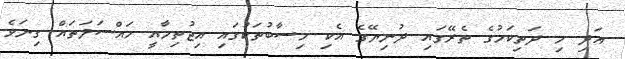
އަދި މި ދަތިކަމުގެ ތެރޭގައި ދުނިޔޭގެ އެކި ހިސާބުތަކުގައި އިޖުތިމާއީ މައްސަލަތައް ގިނަވެ